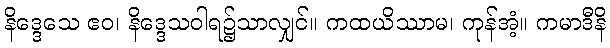
နိဒ္ဒေသေ ဧဝ၊ နိဒ္ဒေသဝါရ၌သာလျှင်။ ကထယိဿာမ၊ ကုန်အံ့။ ကမာဒီနိ